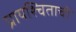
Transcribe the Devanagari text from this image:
प्रायश्चिताची